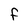
Character: F